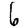
Digit: 6